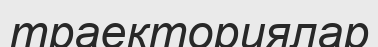
траекториялар